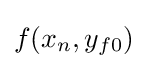
f(x_{n},y_{f0})